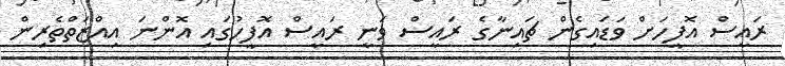
ރައީސް އޮފީހަށް ވަޑައިގެން ޗައިނާގެ ރައީސް ވަނީ ރައީސް އޮފީހުގައި އޮންނަ އިއްޒަތްތެރިން